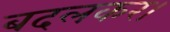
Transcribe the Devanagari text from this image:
बदलकर।